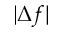
\vert \Delta f \vert